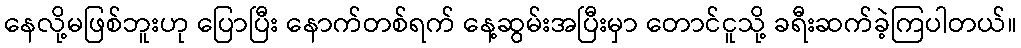
နေလို့မဖြစ်ဘူးဟု ပြောပြီး နောက်တစ်ရက် နေ့ဆွမ်းအပြီးမှာ တောင်ငူသို့ ခရီးဆက်ခဲ့ကြပါတယ်။